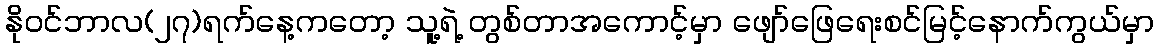
နိုဝင်ဘာလ(၂၇)ရက်နေ့ကတော့ သူ့ရဲ့ တွစ်တာအကောင့်မှာ ဖျော်ဖြေရေးစင်မြင့်နောက်ကွယ်မှာ